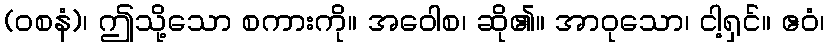
(ဝစနံ)၊ ဤသို့သော စကားကို။ အဝေါစ၊ ဆို၏။ အာဝုသော၊ ငါ့ရှင်။ ဧဝံ၊